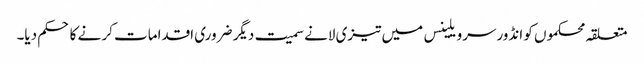
متعلقہ محکموں کو انڈورسرویلینس میں تیزی لانے سمیت دیگر ضروری اقدامات کر نے کا حکم دیا۔